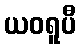
ယဝရူပီ